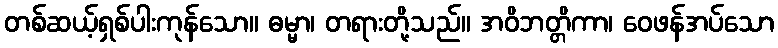
တစ်ဆယ့်ရှစ်ပါးကုန်သော။ ဓမ္မာ၊ တရားတို့သည်။ အဝိဘတ္တိကာ၊ ဝေဖန်အပ်သော